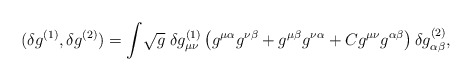
\begin{align*}(\delta g^{(1)}, \delta g^{(2)}) = \int \! \sqrt{g} \; \delta g^{(1)}_{\mu\nu} \left( g^{\mu\alpha}g^{\nu\beta} + g^{\mu\beta}g^{\nu\alpha} + C g^{\mu\nu}g^{\alpha\beta} \right) \delta g^{(2)}_{\alpha\beta},\end{align*}